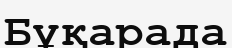
Бұқарада